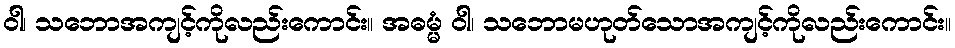
ဝါ၊ သဘောအကျင့်ကိုလည်းကောင်း။ အဓမ္မံ ဝါ၊ သဘောမဟုတ်သောအကျင့်ကိုလည်းကောင်း။